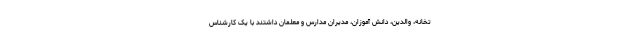
تخانه، والدین، دانش آموزان، مدیران مدارس و معلمان داشتند با یک کارشناس